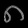
Digit: ၈